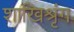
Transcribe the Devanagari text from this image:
शाखिश्रृंग